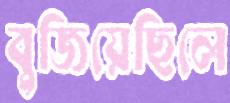
বুজিয়েছিলে